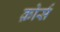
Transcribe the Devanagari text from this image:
क़ोर्स